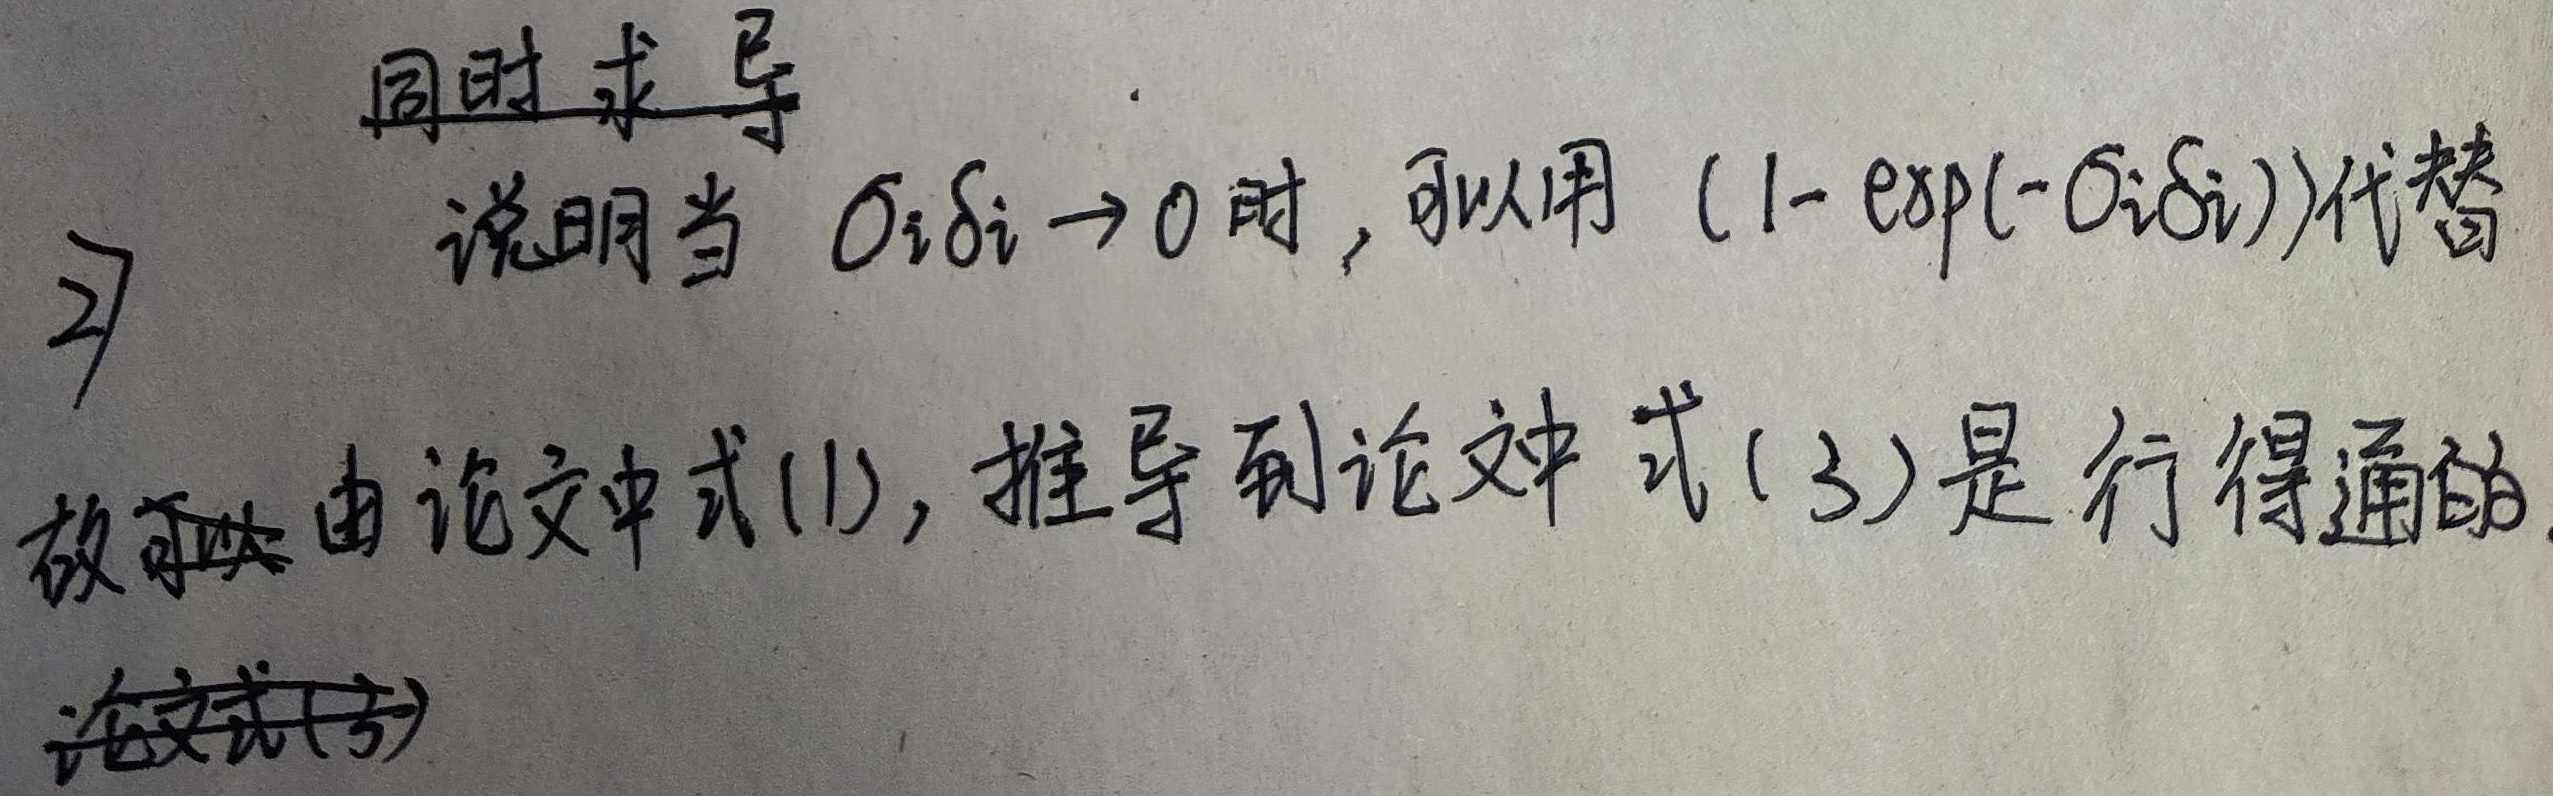
同时求导说明当 $\sigma_i\delta_i \to 0$ 时，可以用 $(1 - \exp(-\sigma_i\delta_i))$ 代替 \(2\)。故可以由论文中式(1)，推导到论文中式(3)是行得通的。论文式(5)